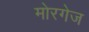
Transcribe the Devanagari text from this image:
मोरगेज